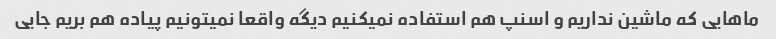
ماهایی که ماشین نداریم و اسنپ هم استفاده نمیکنیم دیگه واقعا نمیتونیم پیاده هم بریم جایی